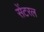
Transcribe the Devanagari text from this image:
सेंटरल